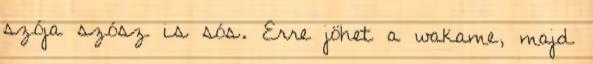
szója szósz is sós. Erre jöhet a wakame, majd